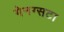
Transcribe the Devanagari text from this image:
गेनग्सटा